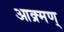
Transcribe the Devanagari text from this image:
आक्र्मण्